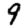
Digit: 9